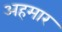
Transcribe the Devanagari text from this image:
अहमार